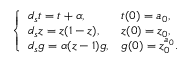
\left\{ \begin{array} { l l } { d _ { s } t = t + \alpha , } & { t ( 0 ) = a _ { 0 } , } \\ { d _ { s } z = z ( 1 - z ) , } & { z ( 0 ) = z _ { 0 } , } \\ { d _ { s } g = \alpha ( z - 1 ) g , } & { g ( 0 ) = z _ { 0 } ^ { a _ { 0 } } . } \end{array} \right.